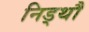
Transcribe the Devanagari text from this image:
निड्थौ